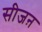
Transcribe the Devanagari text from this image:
सीजऩ